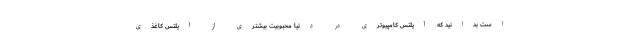
است بدانید که آیلتس کامپیوتری در دنیا محبوبیت بیشتری از آیلتس کاغذی